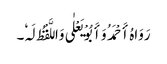
رَوَاہُ أَحْمَدُ وَأَبُوْ یَعْلٰی وَاللَّفْظُ لَہٗ۔